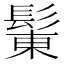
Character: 𩭩